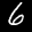
Label: 6